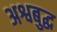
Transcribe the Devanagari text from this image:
अश्वबुद्ध